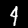
Label: 4